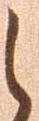
之